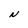
Character: N